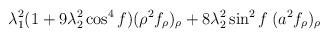
LaTeX: \begin{align*}\lambda_1^2 (1+9\lambda_2^2 \cos^4 f)(\rho^2 f_{\rho})_{\rho} +8\lambda_2^2 \sin^2 f \: (a^2 f_{\rho})_{\rho}\end{align*}